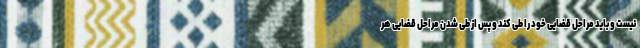
نیست و باید مراحل قضایی خود را طی کند و پس از طی شدن مراحل قضایی هر